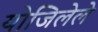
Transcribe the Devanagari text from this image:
योजिलेले